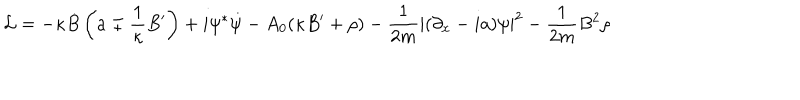
{ \cal L } = - \kappa \dot { B } \left( a \mp \frac { 1 } { \kappa } B ^ { \prime } \right) + i \psi ^ { \ast } \dot { \psi } - A _ { 0 } ( \kappa B ^ { \prime } + \rho ) - \frac { 1 } { 2 m } | ( \partial _ { x } - i a ) \psi | ^ { 2 } - \frac { 1 } { 2 m } B ^ { 2 } \rho